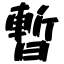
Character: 暫